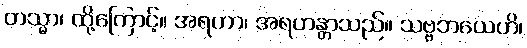
တသ္မာ၊ ထို့ကြောင့်။ အရဟာ၊ အရဟန္တာသည်။ သဗ္ဗဘယေဟိ၊